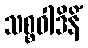
သစ္စဝါဒိနိံ